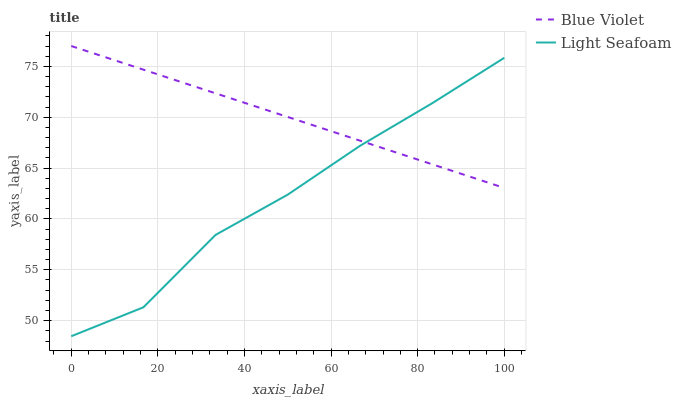
| xaxis_label | Blue Violet | Light Seafoam |
 | --- | --- | --- |
 | 0 | 77 | 48.5 |
 | 16.7 | 74.7 | 51.3 |
 | 33.3 | 72.3 | 58.4 |
 | 50 | 70 | 62.4 |
 | 66.7 | 67.7 | 67.2 |
 | 83.3 | 65.4 | 71.4 |
 | 100 | 63 | 75.8 |